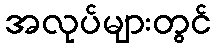
အလုပ်များတွင်